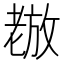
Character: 𫅵